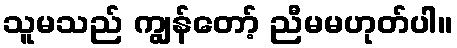
သူမသည် ကျွန်တော့် ညီမမဟုတ်ပါ။